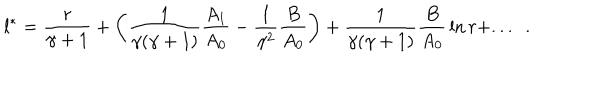
LaTeX: l ^ { * } = { \frac { r } { \gamma + 1 } } + \left( { \frac { 1 } { \gamma ( \gamma + 1 ) } } { \frac { A _ { 1 } } { A _ { 0 } } } - { \frac { 1 } { \gamma ^ { 2 } } } { \frac { B } { A _ { 0 } } } \right) + { \frac { 1 } { \gamma ( \gamma + 1 ) } } { \frac { B } { A _ { 0 } } } \ln r + . . . ~ ~ .